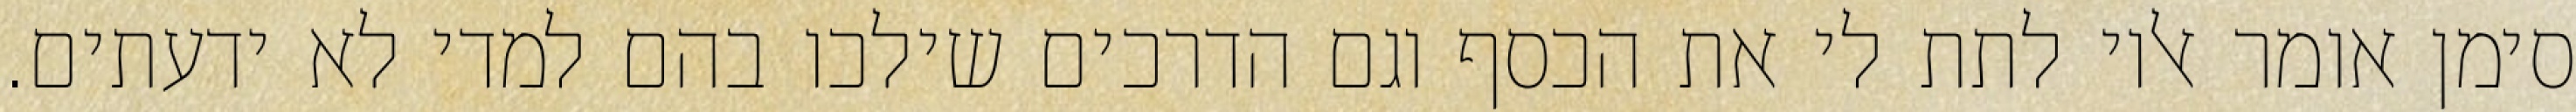
סימן אומר אליו לתת לי את הכסף וגם הדרכים שילכו בהם למדי לא ידעתים.